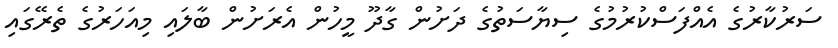
ސަރުކާރުގެ އެއްފަސްކުރުމުގެ ސިޔާސަތުގެ ދަށުން ގާދޫ މީހުން އެރަށުން ބާލައި މިއަހަރުގެ ތެރޭގައި